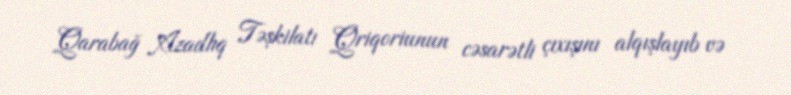
Qarabağ Azadlıq Təşkilatı Qriqoriunun cəsarətli çıxışını alqışlayıb və